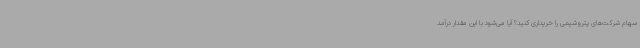
سهام شرکت‌های پتروشیمی را خریداری کنید؟ آیا می‌شود با این مقدار درآمد